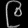
Digit: ၉